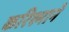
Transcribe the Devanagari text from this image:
करिश्माने